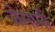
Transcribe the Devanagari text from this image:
जेसामी